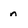
Character: n